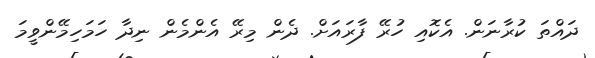
ދައްތަ ކުރާނަން. އެކޮއި ހުރޭ ފާރައަށް. ދެން މިރޭ އެންމެން ނިދާ ހަމަހިމޭންވީމަ